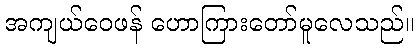
အကျယ်ဝေဖန် ဟောကြားတော်မူလေသည်။